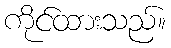
ကိုင်ထားသည်။